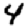
Digit: 4